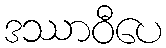
ဒဿာဝီပေ